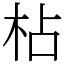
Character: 枮